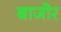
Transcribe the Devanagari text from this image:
बाजोर